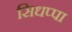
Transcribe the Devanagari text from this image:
सिधप्पा